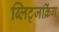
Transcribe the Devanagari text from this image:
ब्लिट्जक्रिंग